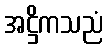
အဋ္ဌိကသညံ